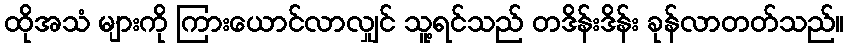
ထိုအသံ များကို ကြားယောင်လာလျှင် သူ့ရင်သည် တဒိန်းဒိန်း ခုန်လာတတ်သည်။